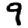
Digit: 9